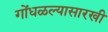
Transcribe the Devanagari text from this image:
गोंधळल्यासारखी